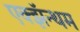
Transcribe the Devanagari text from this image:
एक्झॅन्थम